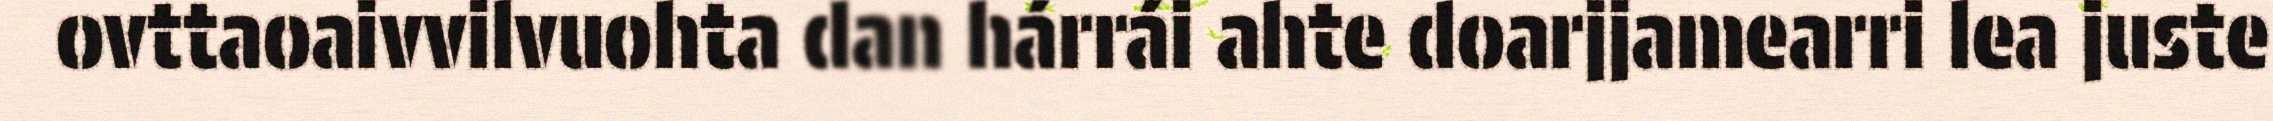
ovttaoaivvilvuohta dan hárrái ahte doarjjamearri lea juste